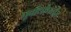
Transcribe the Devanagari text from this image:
पूर्वार्धापर्यंत